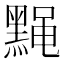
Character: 𫜙